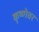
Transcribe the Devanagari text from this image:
कृष्णेवर